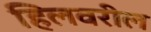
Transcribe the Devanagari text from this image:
हिलवरील